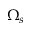
\Omega _ { s }